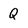
Character: Q